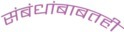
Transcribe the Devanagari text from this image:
संबंधांबाबतही